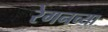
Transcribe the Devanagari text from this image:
रेगनच्या